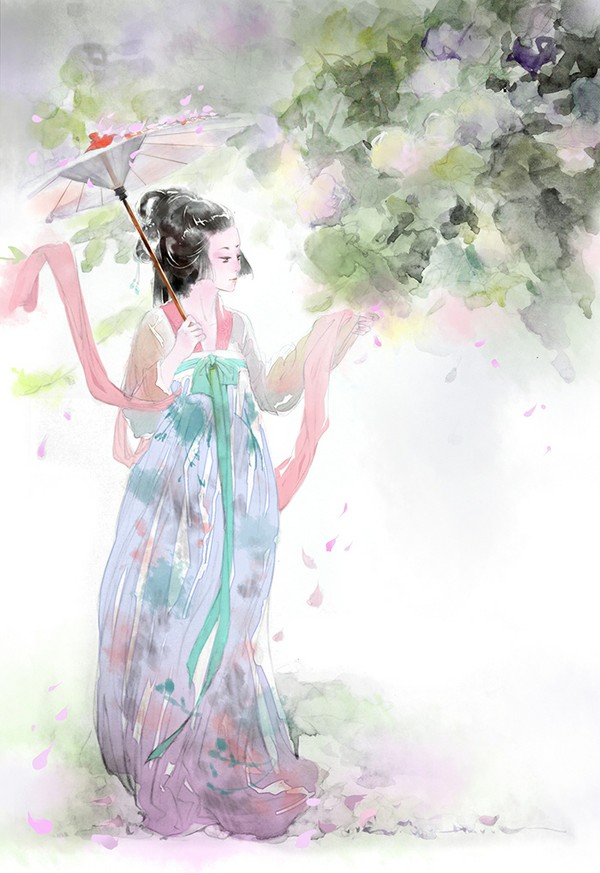
一夜相思，水边清浅横枝瘦。